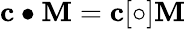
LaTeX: \mathbf{c}\bullet\mathbf{M}=\mathbf{c}[\circ]\mathbf{M}